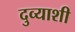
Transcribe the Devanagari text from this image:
दुव्याशी